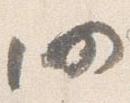
仍